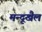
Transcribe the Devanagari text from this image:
मन्दूखैल